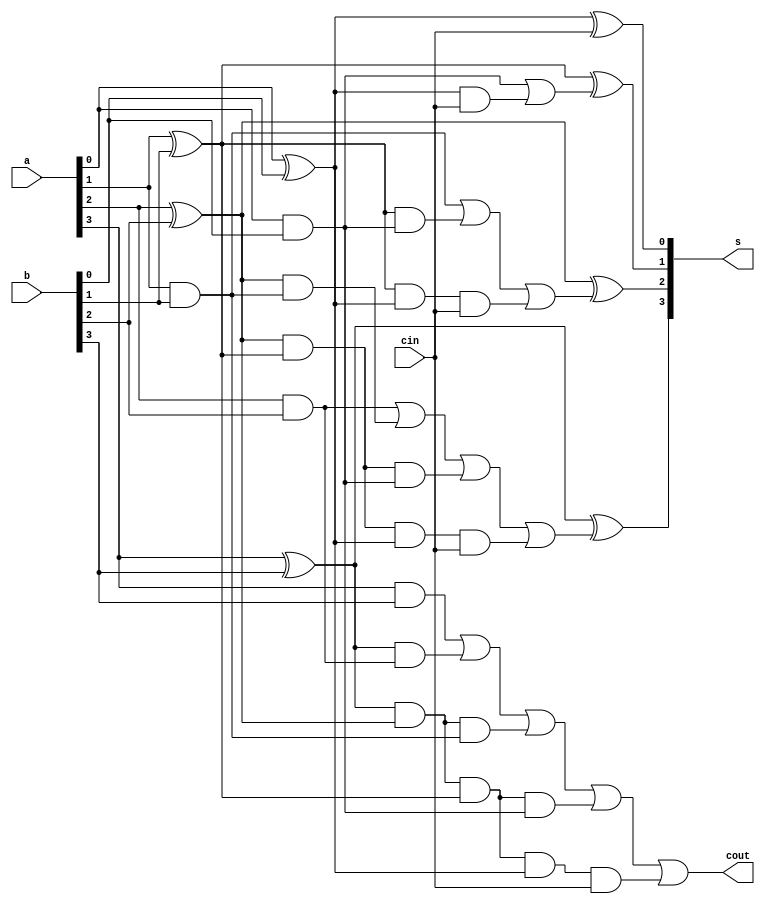
`timescale 1ns / 1ps
//////////////////////////////////////////////////////////////////////////////////
// Company: 
// Engineer: 
// 
// Design Name: 
// Module Name: project_7
// Project Name: 
// Target Devices: 
// Tool Versions: 
// Description: 
// 
// Dependencies: 
// 
// Revision:
// Revision 0.01 - File Created
// Additional Comments:
// 
//////////////////////////////////////////////////////////////////////////////////

//CLA
module project_7(
    input [3:0] a,
    input [3:0] b,
    input cin,
    output [3:0] s,
    output cout
    );
    wire [3:0] p;
    wire [3:0] g;
    wire [3:0] c;
    assign g[0] = a[0] & b[0];
    assign g[1] = a[1] & b[1];
    assign g[2] = a[2] & b[2];
    assign g[3] = a[3] & b[3];
    assign p[0] = a[0] ^ b[0];
    assign p[1] = a[1] ^ b[1];
    assign p[2] = a[2] ^ b[2];
    assign p[3] = a[3] ^ b[3];
    
    assign s[0] = p[0] ^ cin;
    assign c[0] = g[0] | (p[0] & cin);
    assign s[1] = p[1] ^ c[0];
    assign c[1] = g[1] | (p[1] & g[0]) | (p[1] & p[0] & cin);
    assign s[2] = p[2] ^ c[1];
    assign c[2] = g[2] | (p[2] & g[1]) | (p[2] & p[1] & g[0]) | (p[2] & p[1] & p[0] & cin);
    assign s[3] = p[3] ^ c[2];
    assign c[3] = g[3] | (p[3] & g[2]) | (p[3] & p[2] & g[1]) | (p[3] & p[2] & p[1] & g[0]) | (p[3] & p[2] & p[1] & p[0] & cin);
    
    assign cout = c[3];
    
endmodule